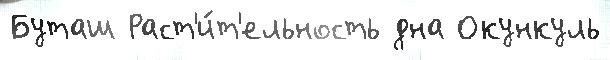
Буташ Раст'и́т'ельность дна Окункуль